Vaccination in Bombay 1874-1876 - 1874-1876
Year: 1874
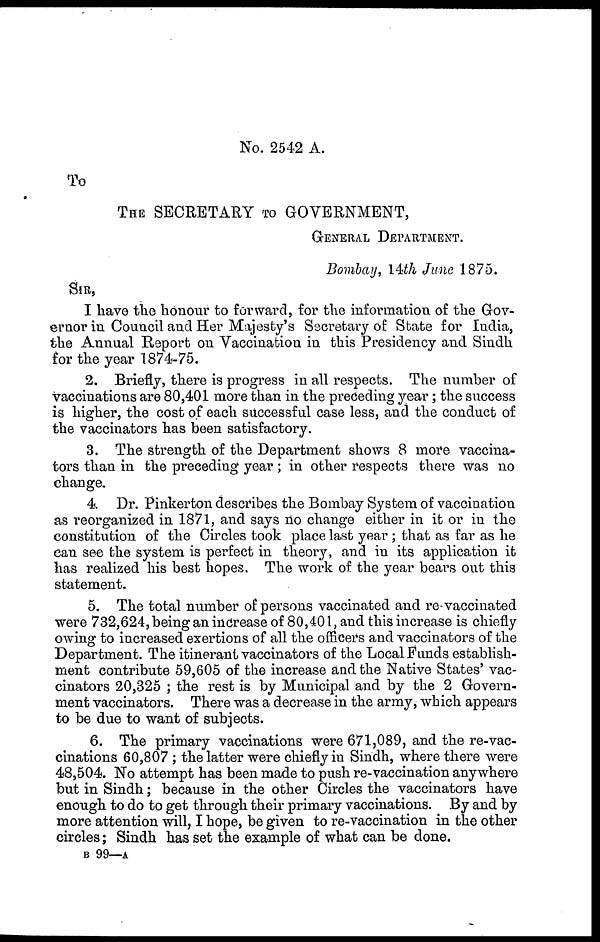
No. 2542 A.
To
THE SECRETARY TO GOVERNMENT,
GENERAL DEPARTMENT.
Bombay, 14th June 1875.
SIR,
I have the honour to forward, for the information of the Gov-
ernor in Council and Her Majesty's Secretary of State for India,
the Annual Report on Vaccination in this Presidency and Sindh
for the year 1874-75.
2. Briefly, there is progress in all respects. The number of
vaccinations are 80,401 more than in the preceding year; the success
is higher, the cost of each successful case less, and the conduct of
the vaccinators has been satisfactory.
3. The strength of the Department shows 8 more vaccina-
tors than in the preceding year; in other respects there was no
change.
4. Dr. Pinkerton describes the Bombay System of vaccination
as reorganized in 1871, and says no change either in it or in the
constitution of the Circles took place last year; that as far as he
can see the system is perfect in theory, and in its application it
has realized his best hopes. The work of the year bears out this
statement.
5. The total number of persons vaccinated and re-vaccinated
were 732,624, being an increase of 80,401, and this increase is chiefly
owing to increased exertions of all the officers and vaccinators of the
Department. The itinerant vaccinators of the Local Funds establish-
ment contribute 59,605 of the increase and the Native States' vac-
cinators 20,325 ; the rest is by Municipal and by the 2 Govern-
ment vaccinators. There was a decrease in the army, which appears
to be due to want of subjects.
6. The primary vaccinations were 671,089, and the re-vac-
cinations 60,807; the latter were chiefly in Sindh, where there were
48,504. No attempt has been made to push re-vaccination anywhere
but in Sindh; because in the other Circles the vaccinators have
enough to do to get through their primary vaccinations. By and by
more attention will, I hope, be given to re-vaccination in the other
circles; Sindh has set the example of what can be done.
B 99—A